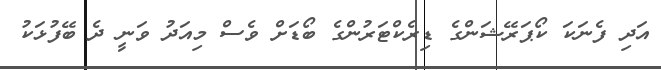
އަދި ފެނަކަ ކޯޕަރޭޝަންގެ ޑިރެކްޓަރުންގެ ބޯޑަށް ވެސް މިއަދު ވަނީ ދެ ބޭފުޅަކު